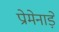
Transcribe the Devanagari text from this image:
प्रोमेनाड़े